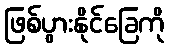
ဖြစ်ပွားနိုင်ခြေကို